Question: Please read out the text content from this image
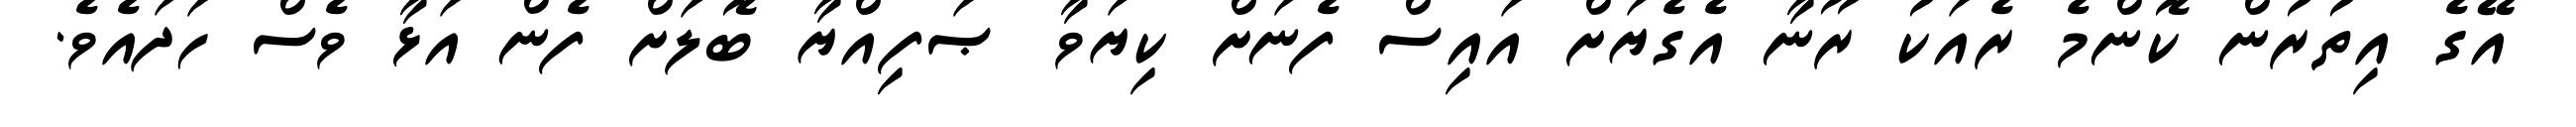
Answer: އޭގެ އިތުރުން ކޮންމެ ރެއަކު ރޫނާ އެގެޔަށް އައިސް ފެނަށް ކިޔަވާ ޞަފިއްޔާ ބޮލަށް ފެން އަޅާ ވެސް ހަދައެވެ.